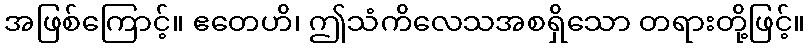
အဖြစ်ကြောင့်။ ဧတေဟိ၊ ဤသံကိလေသအစရှိသော တရားတို့ဖြင့်။